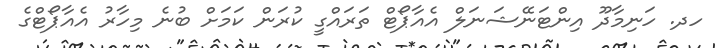
ހދ. ހަނިމާދޫ އިންޓަނޭޝަނަލް އެއާޕޯޓް ތަރައްގީ ކުރަން ކަމަށް ބުނެ މިހާރު އެއާޕޯޓްގެ